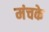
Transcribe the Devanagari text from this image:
मंचके